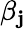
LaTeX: \beta_{\mathbf{j}}